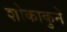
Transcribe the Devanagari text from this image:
शोकाकुने